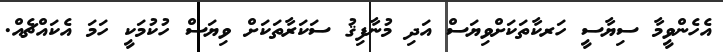
އެހެންވީމާ ސިޔާސީ ހަރކާތަކަށްވިޔަސް އަދި މުނާފިޤު ސަކަރާތަކަށް ވިޔަސް ހުކުމަކީ ހަމަ އެކައްޗެއް.